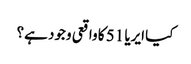
کیا ایریا 51 کا واقعی وجود ہے؟